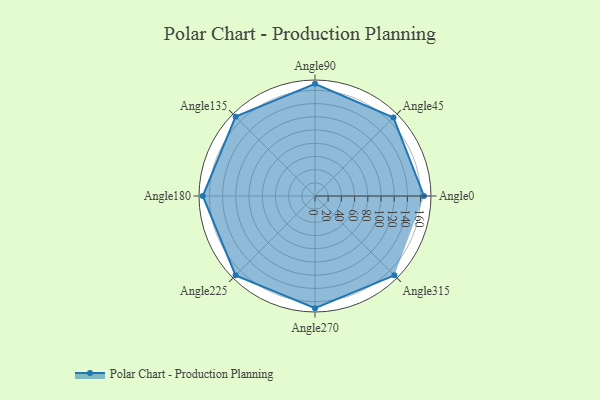
{"axis": {"x": "Angle", "y": "Radius"}, "legend": [""], "data": [{"x": "Angle0", "y": 165.0, "type": ""}, {"x": "Angle45", "y": 168.0, "type": ""}, {"x": "Angle90", "y": 170, "type": ""}, {"x": "Angle135", "y": 170, "type": ""}, {"x": "Angle180", "y": 170, "type": ""}, {"x": "Angle225", "y": 170, "type": ""}, {"x": "Angle270", "y": 170, "type": ""}, {"x": "Angle315", "y": 170, "type": ""}]}